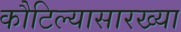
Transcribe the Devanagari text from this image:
कौटिल्यासारख्या